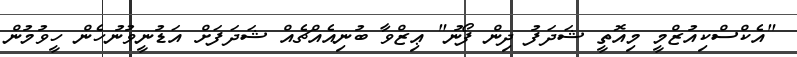
"އެކްސްކިއުޒްމީ މިއޮތީ ޝަދަފު ދިން ފޯނު" ޢިޒްވާ ބުނިއެއްޗެއް ޝަދަފަށް އަޑުނީވުނުހެން ހީވުމުން